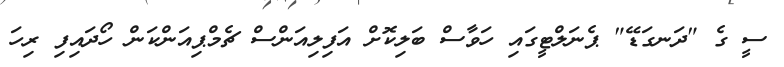
ސީ ގެ "ދަނގަޑޭ" ޕެނަލްޓީގައި ހަވާސް ބަލިކޮށް އަފިލިއަންސް ޗެމްޕިއަންކަން ހޯދައިފި ރިހަ